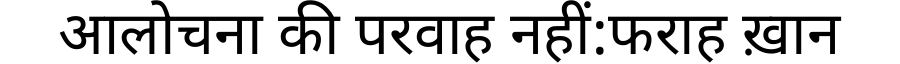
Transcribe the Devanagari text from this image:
आलोचना की परवाह नहीं:फराह ख़ान